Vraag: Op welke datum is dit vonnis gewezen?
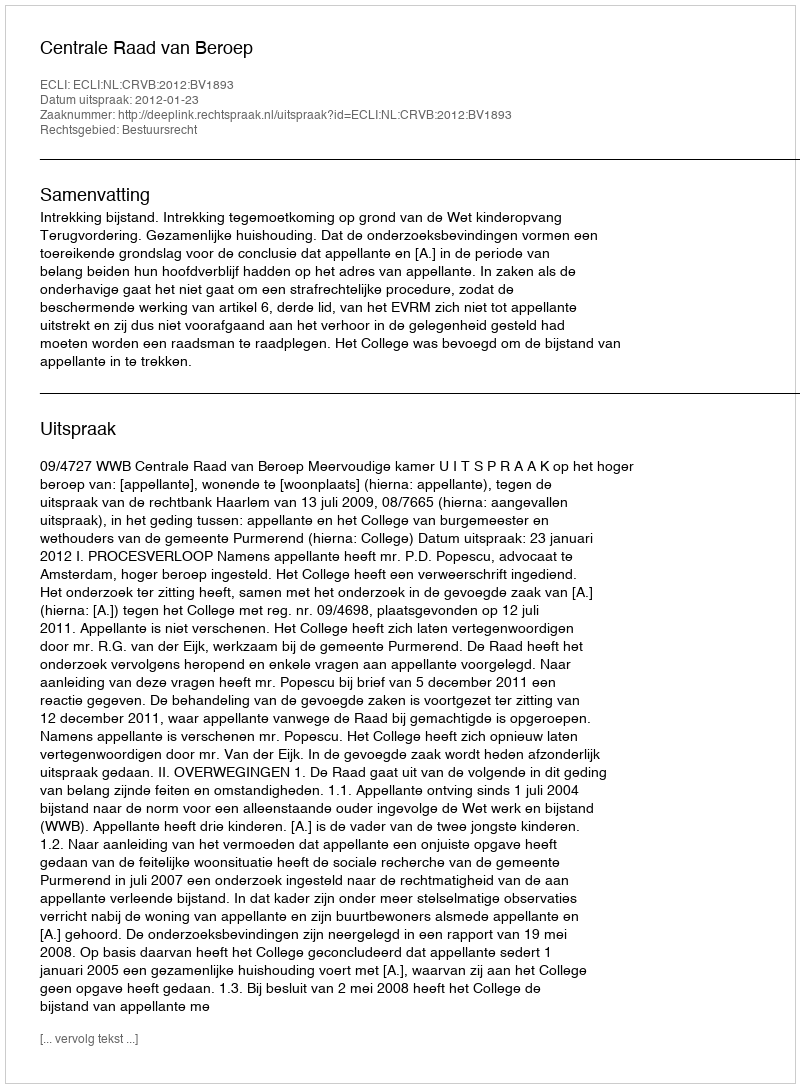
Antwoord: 2012-01-23